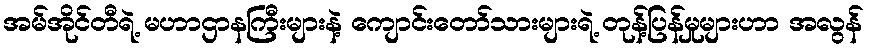
အမ်အိုင်တီရဲ့ မဟာဌာနကြီးများနဲ့ ကျောင်းတော်သားများရဲ့ တုန့်ပြန်မှုများဟာ အလွန်